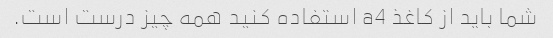
شما باید از کاغذ a4 استفاده کنید همه چیز درست است.